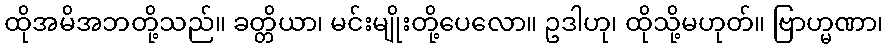
ထိုအမိအဘတို့သည်။ ခတ္တိယာ၊ မင်းမျိုးတို့ပေလော။ ဥဒါဟု၊ ထိုသို့မဟုတ်။ ဗြာဟ္မဏာ၊